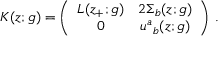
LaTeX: K ( z ; g ) = \left( \begin{array} { c c } { { L ( z _ { + } ; g ) } } & { { 2 \Sigma _ { b } ( z ; g ) } } \\ { { 0 } } & { { u ^ { a } { } _ { b } ( z ; g ) } } \end{array} \right) \, .